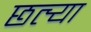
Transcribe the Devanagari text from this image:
छत्र्‍या